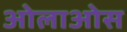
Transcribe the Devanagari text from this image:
ओलाओस